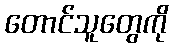
တောင်သူတွေကို